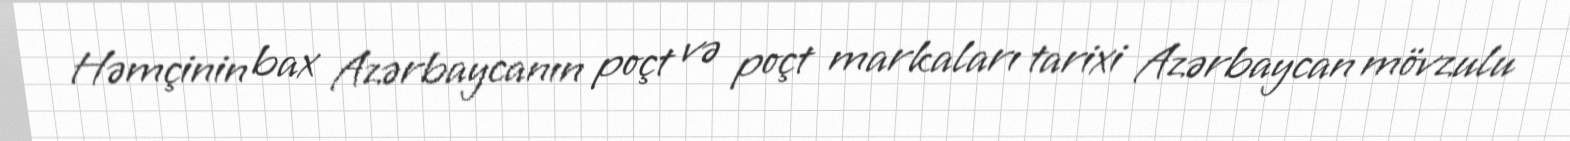
Həmçinin bax Azərbaycanın poçt və poçt markaları tarixi Azərbaycan mövzulu